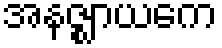
အနဇ္ဈာယကေ